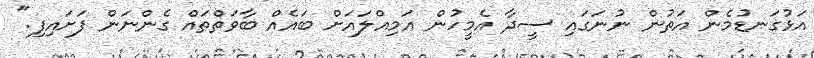
އަޅުގަނޑުމެން އަތުން ނުނަގައި ސީދާ އެމީހުން އަމިއްލައަށް ބައެއް ބާވަތްތައް ގެންނަން ފަށައިފި."